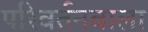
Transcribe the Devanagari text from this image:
परिवर्तनवाला